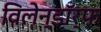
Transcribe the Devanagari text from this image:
विलेन्डॉर्फ